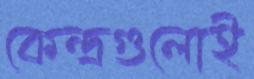
কেন্দ্রগুলোই